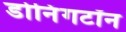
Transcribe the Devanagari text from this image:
डोनिंगटॉन